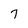
Character: 7